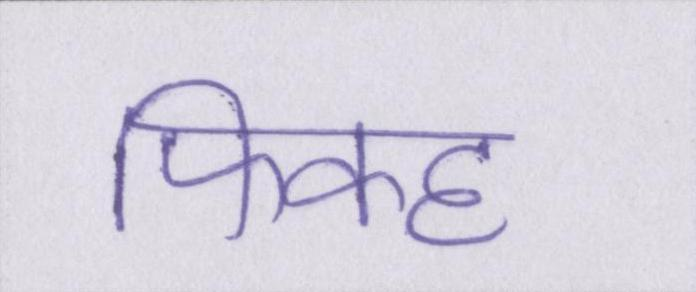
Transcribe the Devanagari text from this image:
फिक्ह